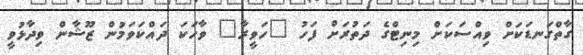
ގާތްގަނޑަކަށް ވިއްސަކަށް މިނިޓްގެ ދަތުރަށް ފަހު "ހަވީރާ" ވާހަކަ ދައްކަވަމުން ޒޫޝާން ވިދާޅުވީ